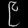
Digit: ၉